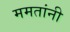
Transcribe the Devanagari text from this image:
ममतांनी